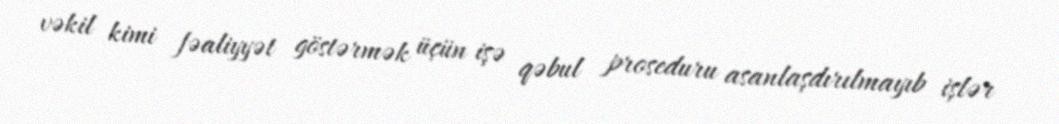
vəkil kimi fəaliyyət göstərmək üçün işə qəbul proseduru asanlaşdırılmayıb işlər